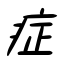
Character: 症